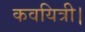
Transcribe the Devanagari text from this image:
कवयित्री।